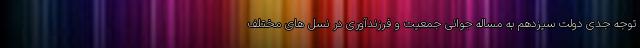
توجه جدی دولت سیزدهم به مساله جوانی جمعیت و فرزندآوری در نسل های مختلف